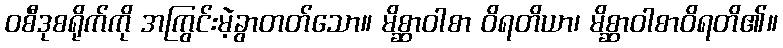
ဝစီဒုစရိုက်ကို အကြွင်းမဲ့ခွာတတ်သော။ မိစ္ဆာဝါစာ ဝိရတိယာ၊ မိစ္ဆာဝါစာဝိရတိ၏။